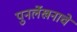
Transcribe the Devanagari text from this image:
पुनर्लेखनाचे